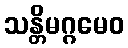
သန္တိမဂ္ဂမေဝ